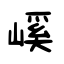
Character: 嵠